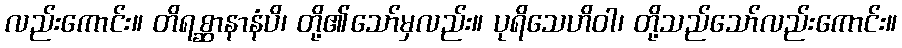
လည်းကောင်း။ တိရစ္ဆာနာနံပိ၊ တို့၏သော်မှလည်း။ ပုရိသေဟိဝါ၊ တို့သည်သော်လည်းကောင်း။